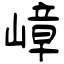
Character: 嶂